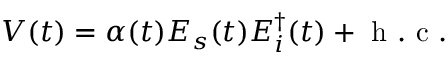
V ( t ) = \alpha ( t ) E _ { s } ( t ) E _ { i } ^ { \dagger } ( t ) + \mathrm { ~ h ~ . ~ c ~ . ~ }